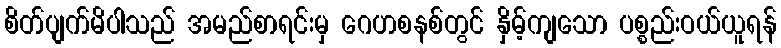
စိတ်ပျက်မိပါသည် အမည်စာရင်းမှ ဂေဟစနစ်တွင် နှိမ့်ကျသော ပစ္စည်းဝယ်ယူရန်